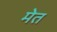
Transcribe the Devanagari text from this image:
मेत